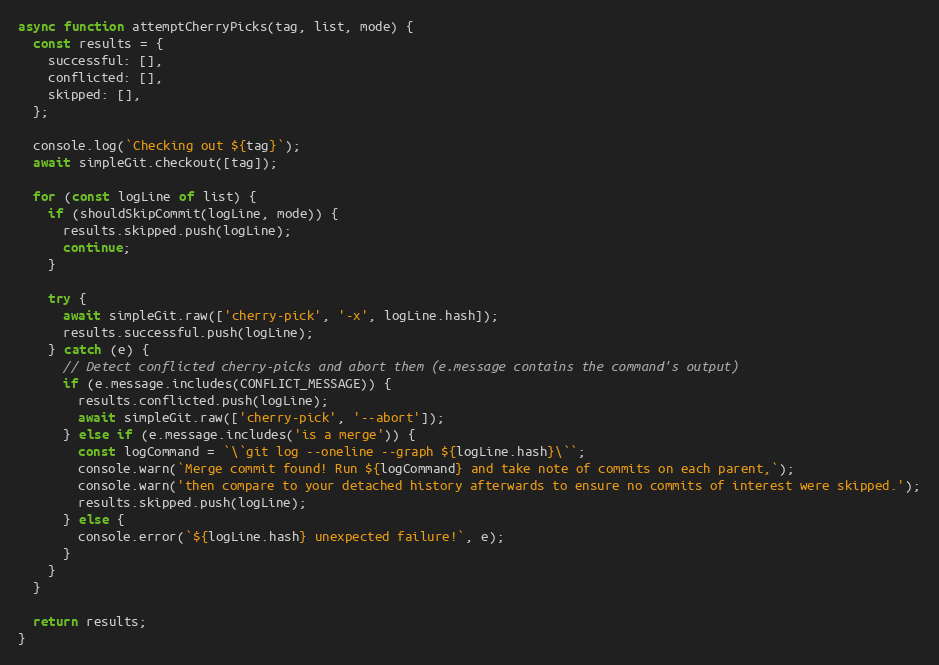
Language: JavaScript
async function attemptCherryPicks(tag, list, mode) {
  const results = {
    successful: [],
    conflicted: [],
    skipped: [],
  };

  console.log(`Checking out ${tag}`);
  await simpleGit.checkout([tag]);

  for (const logLine of list) {
    if (shouldSkipCommit(logLine, mode)) {
      results.skipped.push(logLine);
      continue;
    }

    try {
      await simpleGit.raw(['cherry-pick', '-x', logLine.hash]);
      results.successful.push(logLine);
    } catch (e) {
      // Detect conflicted cherry-picks and abort them (e.message contains the command's output)
      if (e.message.includes(CONFLICT_MESSAGE)) {
        results.conflicted.push(logLine);
        await simpleGit.raw(['cherry-pick', '--abort']);
      } else if (e.message.includes('is a merge')) {
        const logCommand = `\`git log --oneline --graph ${logLine.hash}\``;
        console.warn(`Merge commit found! Run ${logCommand} and take note of commits on each parent,`);
        console.warn('then compare to your detached history afterwards to ensure no commits of interest were skipped.');
        results.skipped.push(logLine);
      } else {
        console.error(`${logLine.hash} unexpected failure!`, e);
      }
    }
  }

  return results;
}